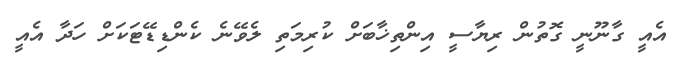
އެއީ ގާނޫނީ ގޮތުން ރިޔާސީ އިންތިޚާބަށް ކުރިމަތި ލެވޭނެ ކެންޑިޑޭޓަކަށް ހަދާ އެއީ